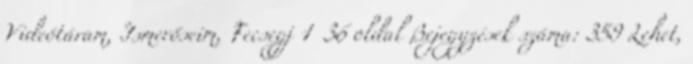
Videótáram, Ismerőseim, Fecsegj 1 36 oldal Bejegyzések száma: 359 Lehet,